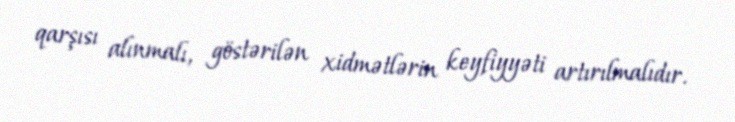
qarşısı alınmalı, göstərilən xidmətlərin keyfiyyəti artırılmalıdır.